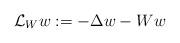
LaTeX: \begin{align*} \mathcal{L}_W w:= -\Delta w-W w\end{align*}